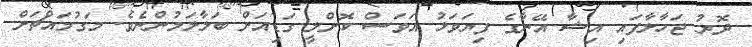
ދޮރު ޖަހާލާފައި އިޝާ އޭނާގެ ފިޔަވަޅު އަވަސް ކޮށްލީ ގަޑިއަށް ބަލާލަމުންނެވެ. މަގުމައްޗަށް